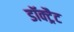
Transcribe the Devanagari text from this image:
डॉक्ट्रैट